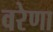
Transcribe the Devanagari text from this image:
वरेणा